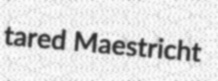
tared Maestricht